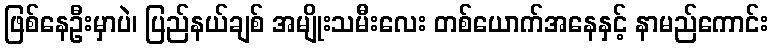
ဖြစ်နေဦးမှာပဲ၊ ပြည်နယ်ချစ် အမျိုးသမီးလေး တစ်ယောက်အနေနှင့် နာမည်ကောင်း